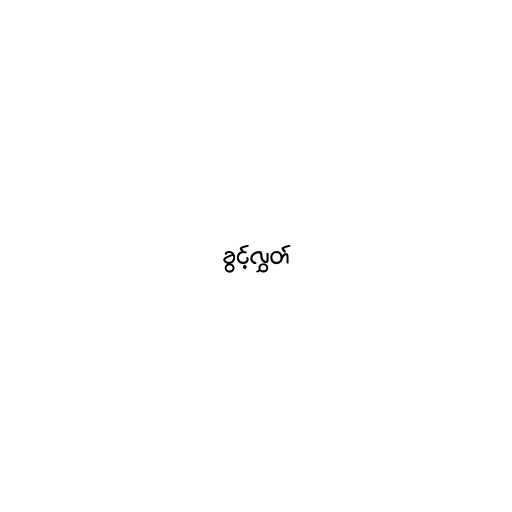
ခွင့်လွှတ်